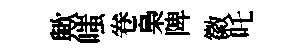
歟嗤卷梟陴徽吒